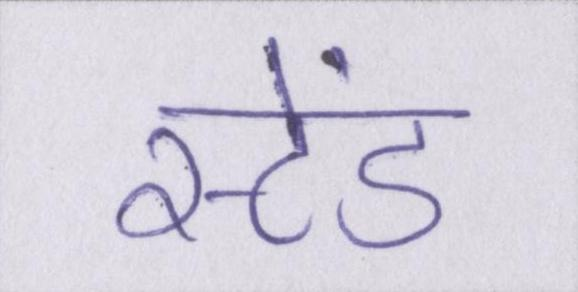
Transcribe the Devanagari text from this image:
स्टेंड